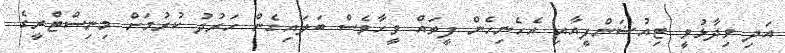
އަދި ވިދާޅުވީ ޓިއުޝަންފީއާއި އެހެނިހެން ފީތައް ވީހާވެސް ބަލައިގެން ހަރުދު ކުރުމަށް މިނިސްޓްރީގެ